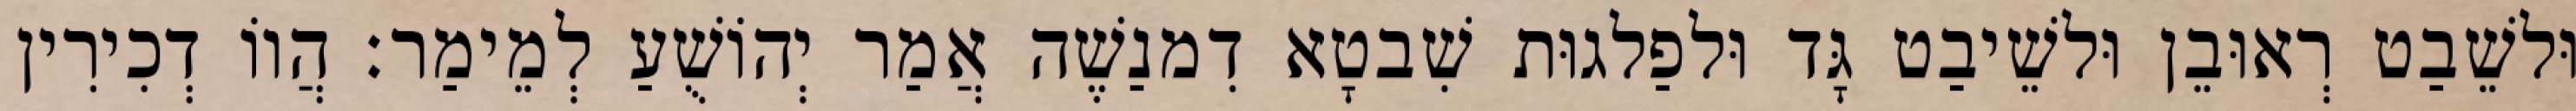
וּלשֵׁבַט רְאוּבֵן וּלשֵׁיבַט גָּד וּלפַלגוּת שִׁבטָא דִמנַשֶׁה אֲמַר יְהוֹשֻׁעַ לְמֵימַר׃ הֲווֹ דְכִירִין